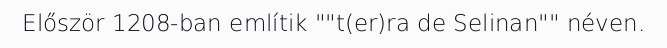
Először 1208-ban említik ""t(er)ra de Selinan"" néven.